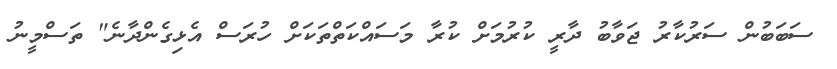
ސަބަބުން ސަރުކާރު ޖަވާބު ދާރީ ކުރުމަށް ކުރާ މަސައްކަތްތަކަށް ހުރަސް އެޅިގެންދާނެ" ތަސްމީނު